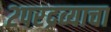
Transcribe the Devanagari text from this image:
२परद्रव्याचा